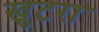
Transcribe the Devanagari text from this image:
खुटरा